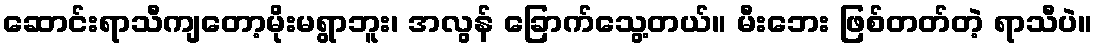
ဆောင်းရာသီကျတော့မိုးမရွာဘူး၊ အလွန် ခြောက်သွေ့တယ်။ မီးဘေး ဖြစ်တတ်တဲ့ ရာသီပဲ။